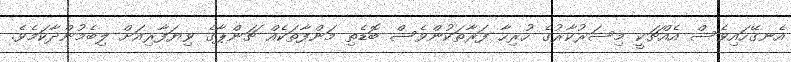
އެނގޭހައިވެސް އެއްޗަކީ މިސަރުކާރުގެ ހުރިހާ ފަރާތަކުންވެސް ބޮޑެތި މަންފާތަކެއް ޗަންޕާގެ ވިޔަފާރިއަށް ލިބެމުންދާކަމެވެ.